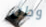
وطن